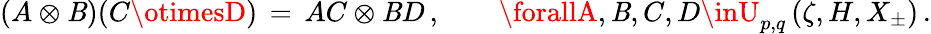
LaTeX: (A\otimes\mathit{B})(C\otimesD)\, =\, AC\otimes\mathit{B}D\, ,\qquad\forallA,\mathit{B},C,D\inU_{p,q}\left(\zeta,H,X_{\pm}\right)\, .